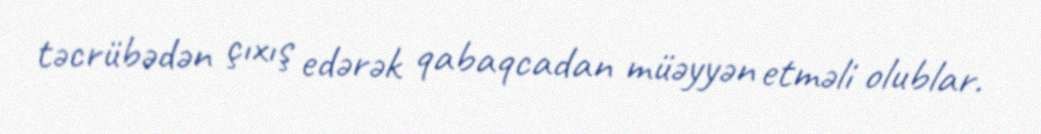
təcrübədən çıxış edərək qabaqcadan müəyyən etməli olublar.